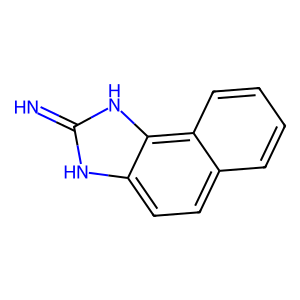
SMILES: N=c1[nH]c2ccc3ccccc3c2[nH]1
Inhibits HIV replication: No